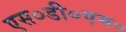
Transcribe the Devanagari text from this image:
एस०डी०एम०